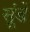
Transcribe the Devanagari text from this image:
सूंडें